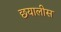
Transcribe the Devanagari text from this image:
छयालीस